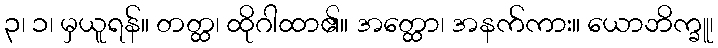
၃၊ ၁၊ မှယူရန်။ တတ္ထ၊ ထိုဂါထာ၏။ အတ္ထော၊ အနက်ကား။ ယောဘိက္ခူ၊